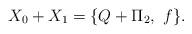
LaTeX: \begin{align*}X_0 + X_1=\{Q+\Pi_2, \ f\} .\end{align*}